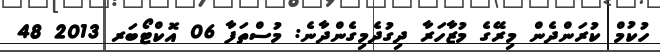
ހުކުމް ކުރަންދެން މިރޭގެ މުޒާހަރާ ދިގުދެމިގެންދާނެ: މުސްތަފާ 06 އޮކްޓޯބަރ 2013 48